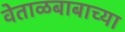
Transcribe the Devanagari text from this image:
वेताळबाबाच्या